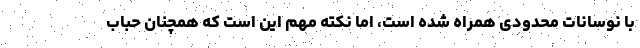
با نوسانات محدودی همراه شده است، اما نکته مهم این است که همچنان حباب